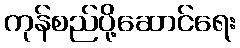
ကုန်စည်ပို့ဆောင်ရေး